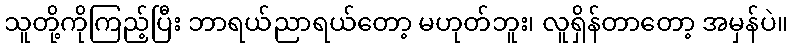
သူတို့ကိုကြည့်ပြီး ဘာရယ်ညာရယ်တော့ မဟုတ်ဘူး၊ လူရှိန်တာတော့ အမှန်ပဲ။